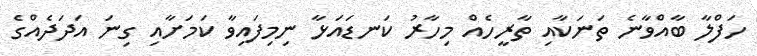
ހަފްލާ ބާއްވާނެ ތަނަކާއި ތާރީހެއް މިހާރު ކަނޑައަޅާ ނިމިފައިވާ ކަމަށާއި ގިނަ އަދަދެއްގެ